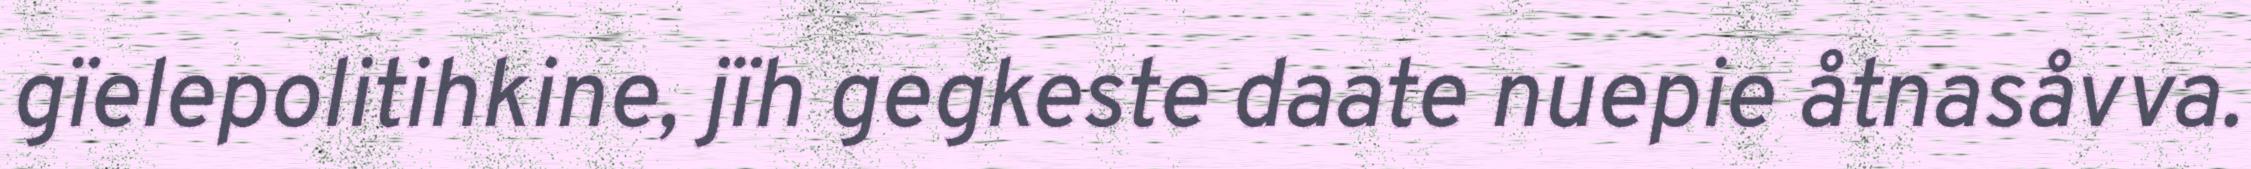
gïelepolitihkine, jïh gegkeste daate nuepie åtnasåvva.